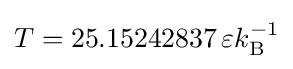
T=25.15242837\,\varepsilon k_{\mathrm {B} }^{-1}